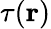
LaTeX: \tau(\mathbf{r})